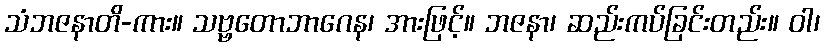
သံဘဇနာတိ-ကား။ သဗ္ဗတောဘာဂေန၊ အားဖြင့်။ ဘဇနာ၊ ဆည်းကပ်ခြင်းတည်း။ ဝါ၊